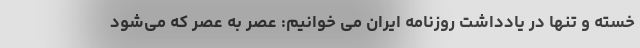
خسته و تنها در یادداشت روزنامه ایران می خوانیم: عصر به عصر که می‌شود